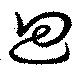
迴